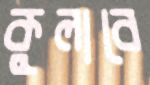
কুলাবে